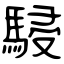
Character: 駸